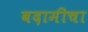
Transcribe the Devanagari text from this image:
बदामीचा